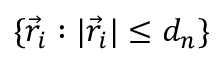
\{ \vec { r } _ { i } : | \vec { r } _ { i } | \leq d _ { n } \}